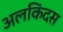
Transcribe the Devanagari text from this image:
अलकिंदस